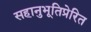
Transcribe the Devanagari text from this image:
सहानुभूतिप्रेरित